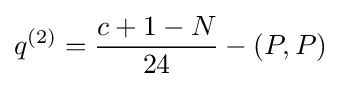
q^{(2)}={\frac {c+1-N}{24}}-(P,P)